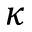
\kappa